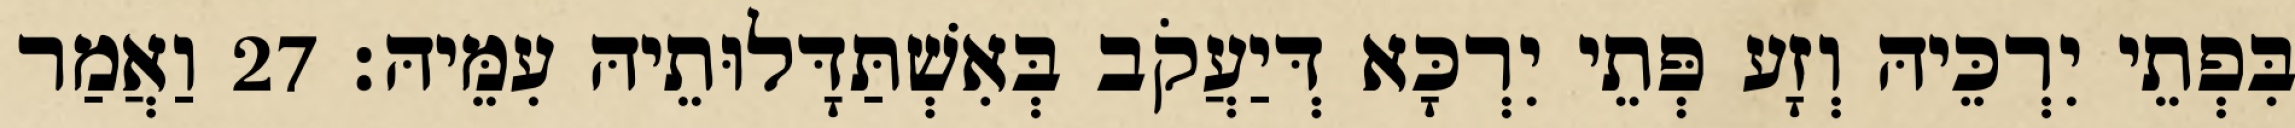
בִּפְתֵי יִרְכֵּיהּ וְזָע פְּתֵי יִרְכָּא דְּיַעֲקֹב בְּאִשְׁתַּדָּלוּתֵיהּ עִמֵּיהּ׃ 27 וַאֲמַר